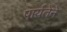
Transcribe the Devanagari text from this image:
पार्यतेने